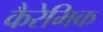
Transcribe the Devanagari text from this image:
कैरेमिक